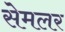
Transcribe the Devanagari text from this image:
सेमलर